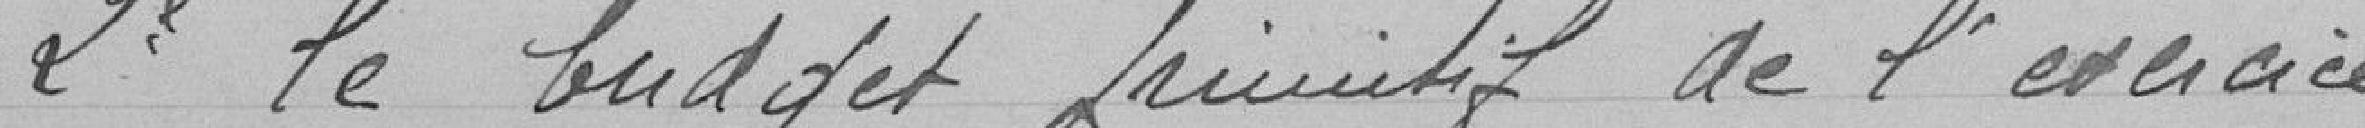
2e. Le budget primitif de l'exercice